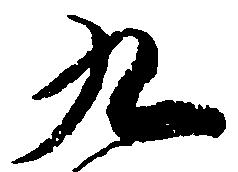
九